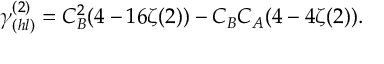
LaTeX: \gamma _ { ( h l ) } ^ { ( 2 ) } = C _ { B } ^ { 2 } ( 4 - 1 6 \zeta ( 2 ) ) - C _ { B } C _ { A } ( 4 - 4 \zeta ( 2 ) ) .